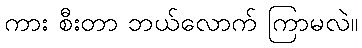
ကား စီးတာ ဘယ်လောက် ကြာမလဲ။